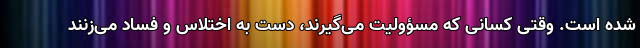
شده است. وقتی کسانی که مسؤولیت می‌گیرند، دست به اختلاس و فساد می‌زنند